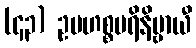
(၄၃) ဥပဟစ္စပရိနိဗ္ဗာယီ